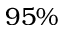
9 5 \%